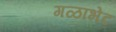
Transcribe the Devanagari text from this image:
गळाभेट